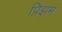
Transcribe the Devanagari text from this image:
प्रिझम